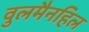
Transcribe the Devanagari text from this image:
वुलमैनहिल